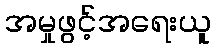
အမှုဖွင့်အရေးယူ